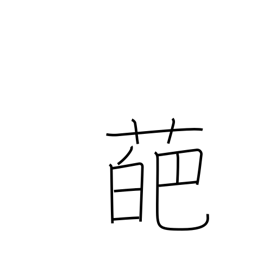
Meaning: petal